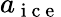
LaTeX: a_{\mathrm{~i~c~e~}}